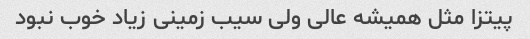
پیتزا مثل همیشه عالی ولی سیب زمینی زیاد خوب نبود